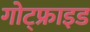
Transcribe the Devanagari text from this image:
गोट्फ्राइड